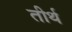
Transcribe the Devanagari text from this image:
तीर्थ